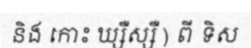
និង កោះ ឃ្សឺស្សឺ ) ពី ទិស